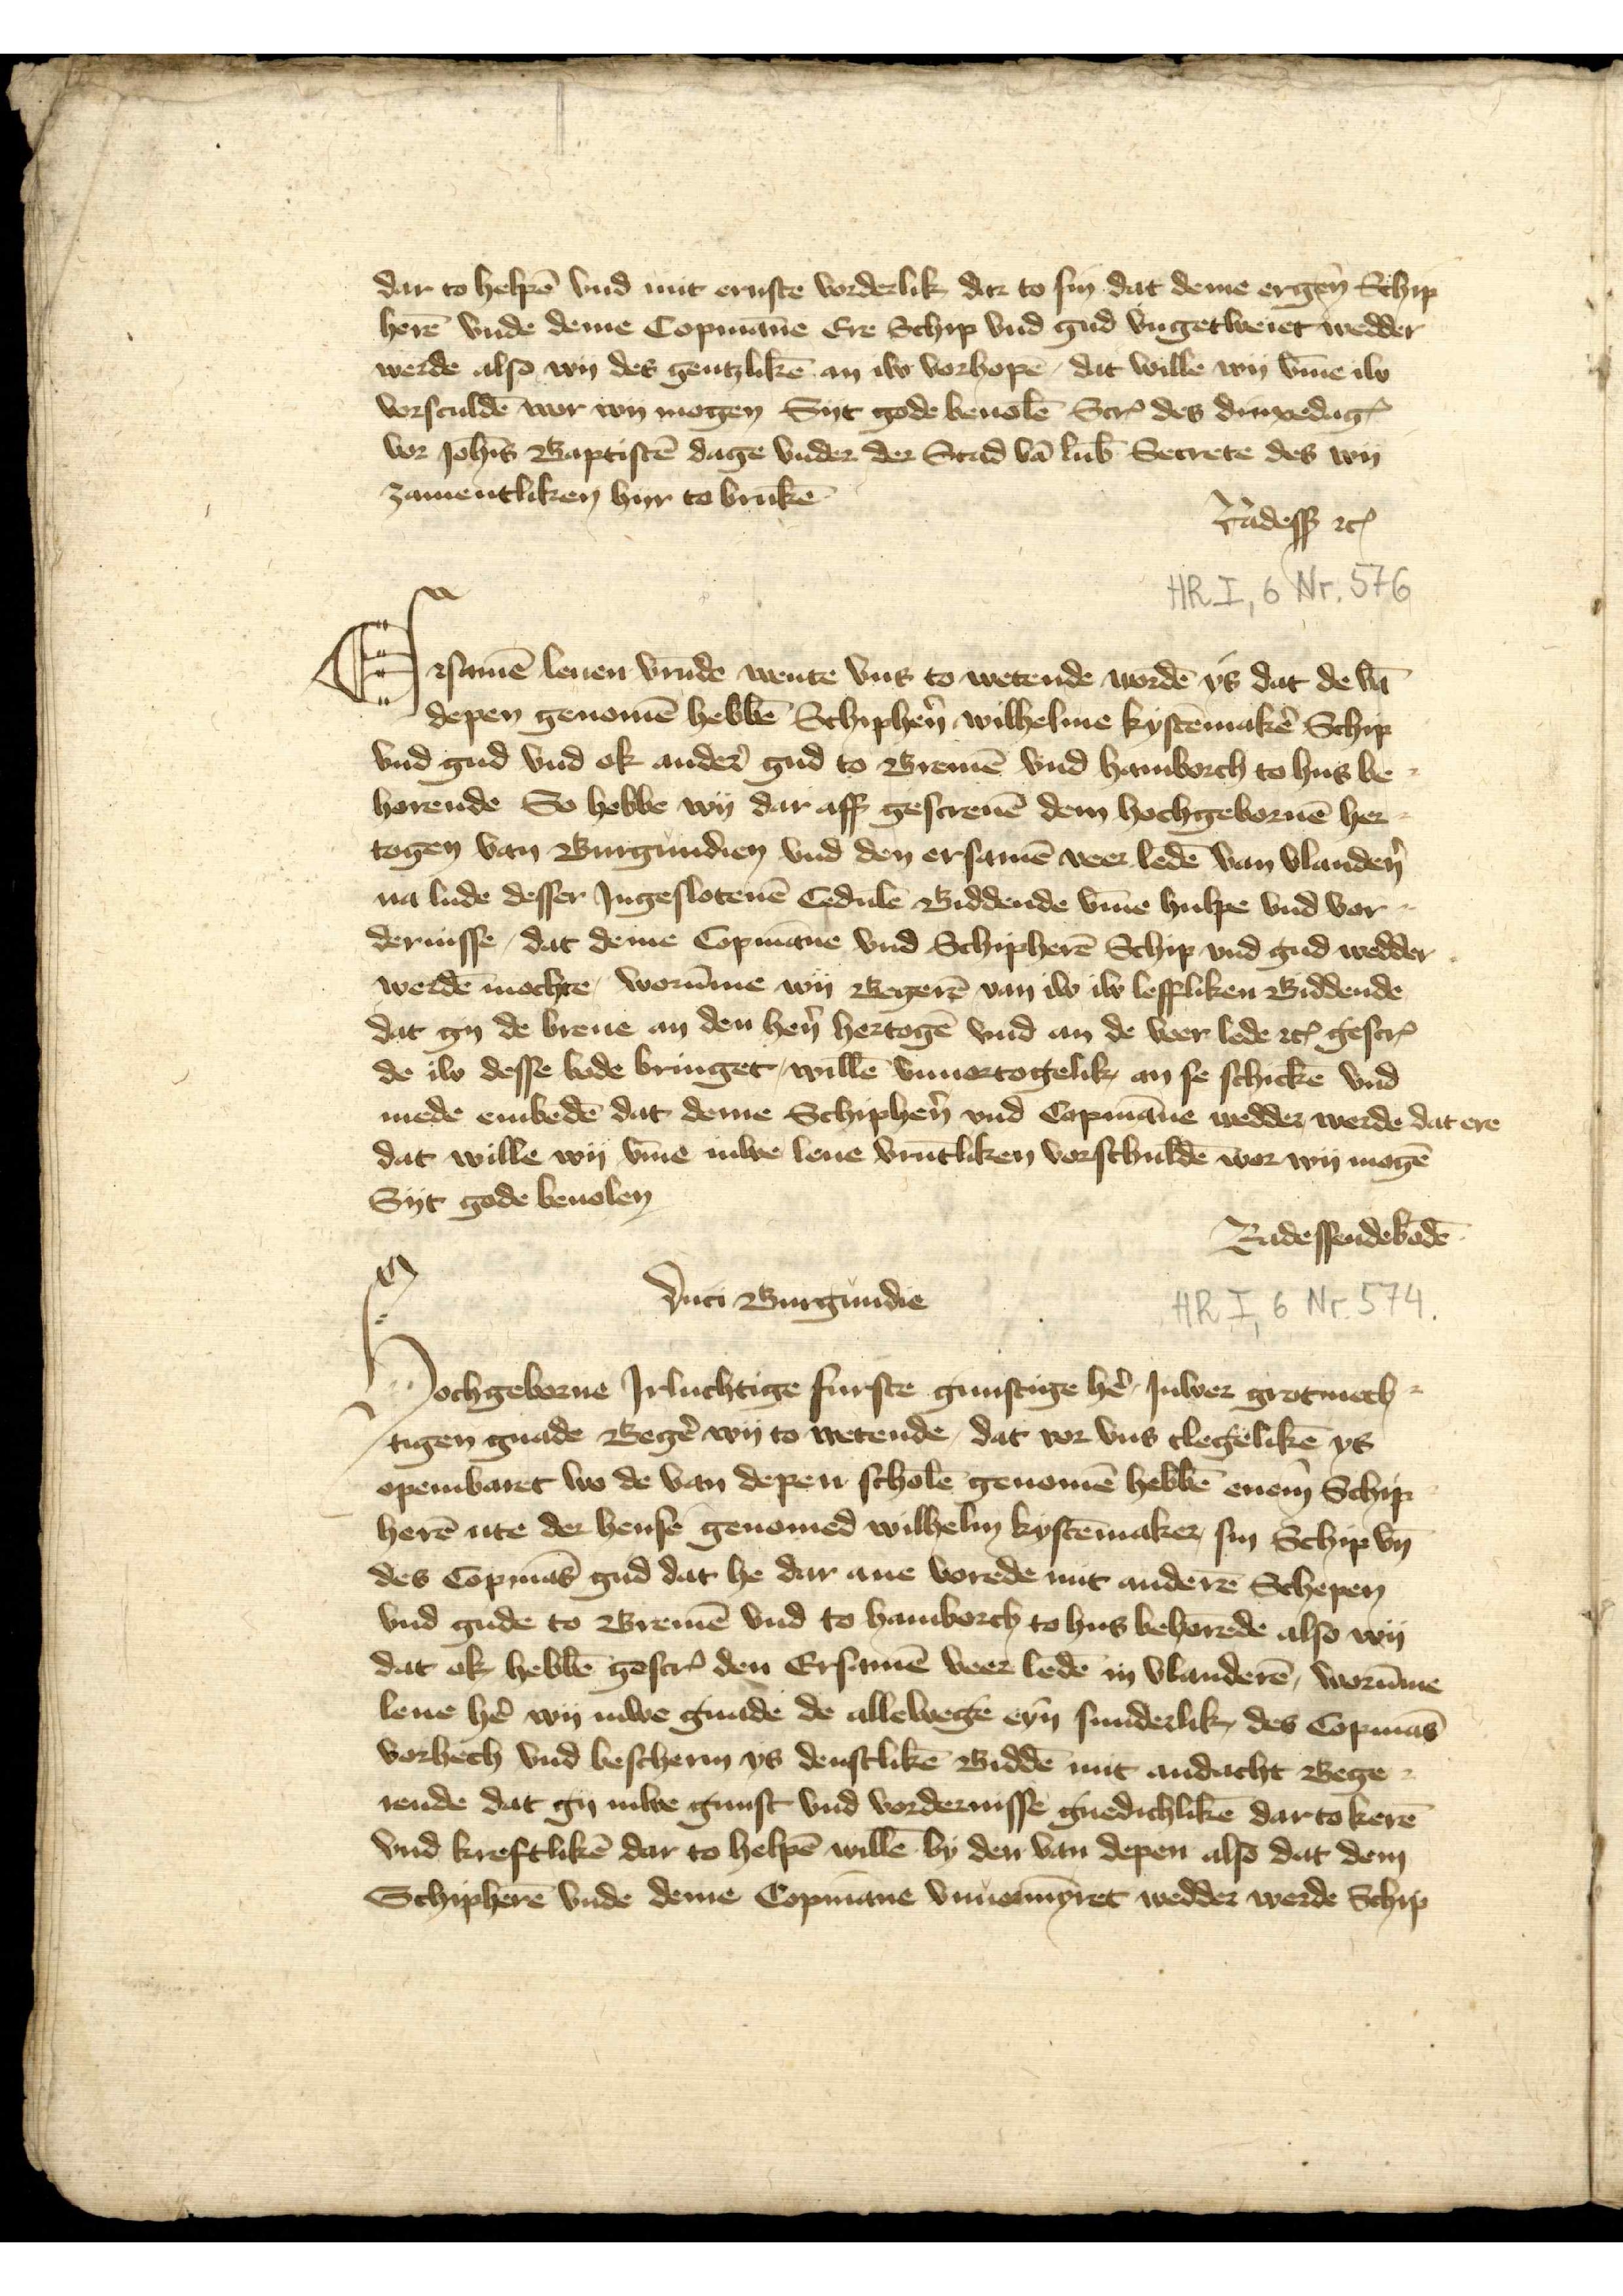
dar to helpē vnd mit ernste vorderlik dar to sin dat deme ergen̄ Schip¬
herē vnde deme Copmāne Ere Schip gud vngetweret wedder
werde also wy des gentzlikē an iw vorhopē, dat wille wy v̄me iw
vorsculdē wer wy mogen Syt gode beuolē ScrꝬ des dinxedagꝬ
vor Joh̄is Baptistē dage vnder der Stad van Lub̄ Secrete des wy
zamentliken hyr to brukē
Radesß etꝬ

Ersamē leuen vrūde wente vns to wetende wordē ys dar de hā
depen genomē hebbē Schiphẻn Wilhelme Kystēmakẻ Schip
vnd gud vnd ok ander̉ gud to Bremē vnd Hamborch to hus be¬
horende So hebbe wy dar aff gescreuē dem hochgebornē her¬
togen van Burgundien vnd den ersamē veer ledē van Vlandẻn
na lude desser Jngesoltenē Cedulē Biddende v̄me hulpe vnd vor¬
dernisse, dat deme Copmāne vnd Schipherē Schip vnd gud wedder
werdē mochte, worūme wy Begerē van iw iw leffliken Biddende
dat gy de breue an den hẻn hertogē vnd an de veer lede etꝬ gescrꝬ
de iw desse bode bringet, willē vnuortogelik an se schickē vnd
mede embedē dat deme Schiphẻn vnd Copmānen wedder werde dat ere
dat wille wy v̄me Juwe leue vrūtliken vorschuldē wor wy mogē
Syt gode beuolen
Radessendebodē

Duri Burgundie
Schipherē vnde deme Copmāne vnvormyret wedder werde Schip
Hochgeborne Jrluchtige Furste gunstige hẻ, Juwer grotmech¬
tigen gnade Bergẻ wy to wetende, dat vor vns clegelikē ys
openbaret wo de van depen scholē genomē hebbē enem Schip¬
herē ute der hense genomed Wilhelm Kystēmaker, sin Schip vn̄
des Copmās gud dat he dar ane vorde mit anderē Schepen
vnd gude to Bremē vnd to Hamborch to hus behorēde also wy
dat ok hebbē gescrꝬ den Ersamē veer ledē in Vlanderē, worūme
leue hẻ wy Juwe gnade de allewegen eyn sunderlik, des Copmās
vorhech vnd bescherm ys denstlikē Biddē mit andacht Berge¬
rende dat gy Juwe gunst vnd vordernisse gnedichlikē dar tokerē
vnd kreftlikē dar to helpē willē by den depen also dat dem